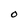
Character: O